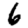
Digit: 6